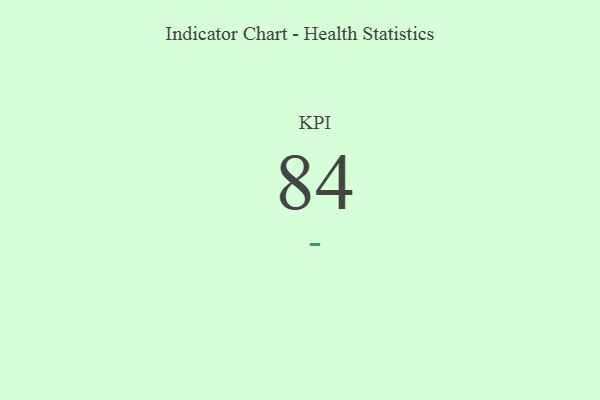
{"axis": {"x": "KPI", "y": "Value"}, "legend": [""], "data": [{"x": "KPI", "y": 84, "type": ""}]}